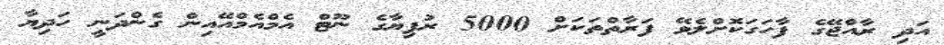
އަދި ރާއްޖޭގެ ފާހަގަކޮށްލެވޭ ފަރާތްތަކަށް 5000 ރުފިޔާގެ ނޫޓް އެމްއެމްއޭއިން ގެންދަނީ ހަދިޔާ